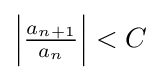
\left\vert {\tfrac {a_{n+1}}{a_{n}}}\right\vert <C